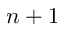
n + 1